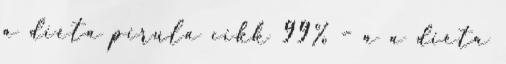
a diéta pirula cikk 99% – a a diéta